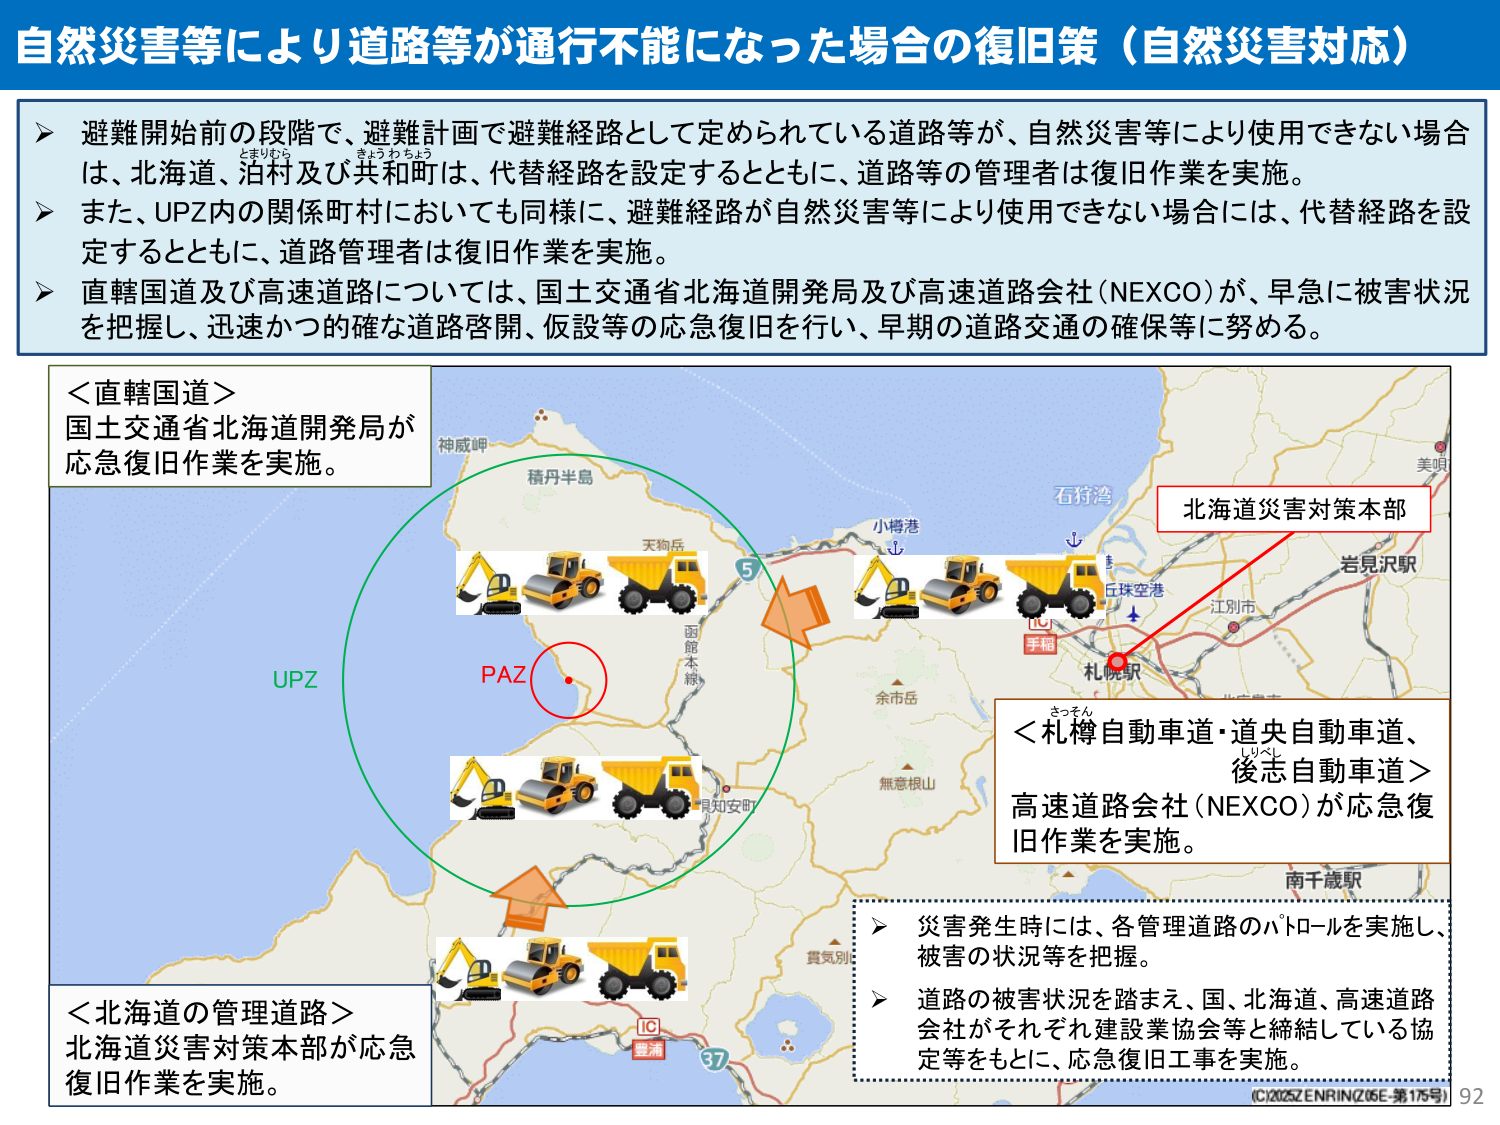
自然災害等により道路等が通行不能になった場合の復旧策（自然災害対応）

➤ 避難開始前の段階で、避難計画で避難経路として定められている道路等が、自然災害等により使用できない場合は、北海道、泊村及び共和町は、代替経路を設定するとともに、道路等の管理者は復旧作業を実施。
➤ また、UPZ内の関係町村においても同様に、避難経路が自然災害等により使用できない場合には、代替経路を設定するとともに、道路管理者は復旧作業を実施。
➤ 直轄国道及び高速道路については、国土交通省北海道開発局及び高速道路会社（NEXCO）が、早急に被害状況を把握し、迅速かつ的確な道路啓開、仮設等の応急復旧を行い、早期の道路交通の確保等に努める。

＜直轄国道＞
国土交通省北海道開発局が
応急復旧作業を実施。

＜北海道の管理道路＞
北海道災害対策本部が応急
復旧作業を実施。

＜札樽自動車道・道央自動車道、
後志自動車道＞
高速道路会社（NEXCO）が応急復
旧作業を実施。

➤ 災害発生時には、各管理道路のパトロールを実施し、
被害の状況等を把握。
➤ 道路の被害状況を踏まえ、国、北海道、高速道路
会社がそれぞれ建設業協会等と締結している協
定等をもとに、応急復旧工事を実施。

北海道災害対策本部

PAZ
UPZ

神威岬
積丹半島
天狗岳
小樽港
石狩湾
丘珠空港
江別市
岩見沢駅
札幌駅
手稲
余市岳
無意根山
南千歳駅
厚真別
豊浦
37
5
函館本線
見知安町
さっそん
しりべい

(C)2025Z ENRINZ (06E-第175号)
92